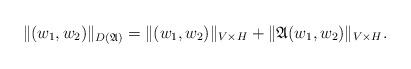
LaTeX: \begin{align*}\|(w_1,w_2)\|_{D(\mathfrak{A})}=\|(w_1,w_2)\|_{V\times H}+\|\mathfrak{A}(w_1,w_2)\|_{V\times H}.\end{align*}